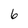
Character: 6